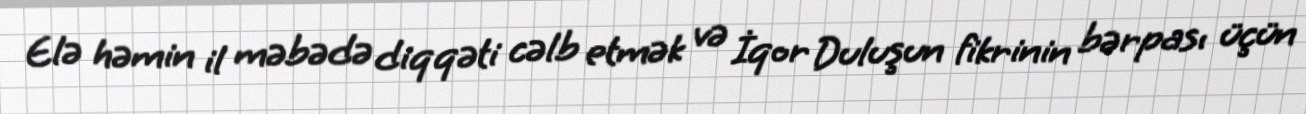
Elə həmin il məbədə diqqəti cəlb etmək və İqor Duluşun fikrinin bərpası üçün